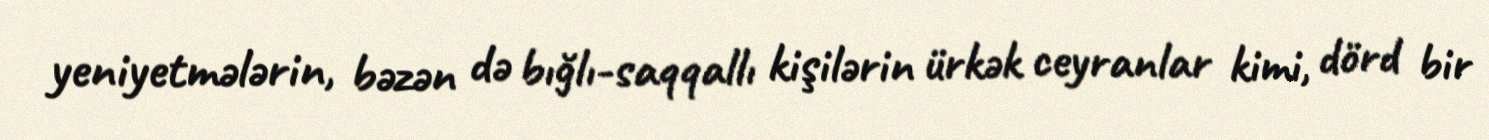
yeniyetmələrin, bəzən də bığlı-saqqallı kişilərin ürkək ceyranlar kimi, dörd bir